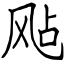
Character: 飐